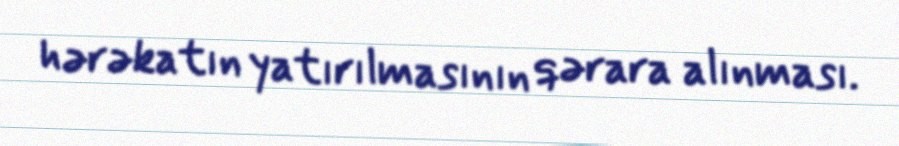
hərəkatın yatırılmasının qərara alınması.